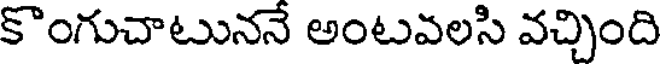
కొంగుచాటుననే అంటవలసి వచ్చింది